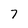
Character: 7